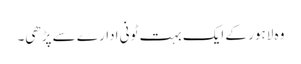
وہ لاہور کے ایک بہت ٹونی ادارے سے پڑھی۔